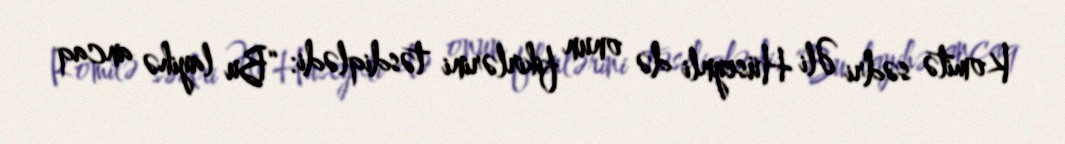
Komitə sədri Əli Hüseynli də onun fikirlərini təsdiqlədi: “Bu layihə ancaq